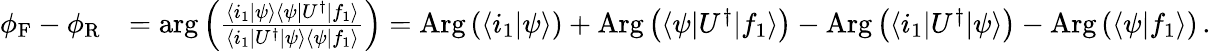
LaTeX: \begin{array}{rl}{\phi_{\mathrm{F}}-\phi_{\mathrm{R}}}&{=\mathrm{arg}\left(\frac{\langle i_{1}|\psi\rangle\langle\psi|U^{\dagger}|f_{1}\rangle}{\langle i_{1}|U^{\dagger}|\psi\rangle\langle\psi|f_{1}\rangle}\right)=\mathrm{Arg}\left(\langle i_{1}|\psi\rangle\right)+\mathrm{Arg}\left(\langle\psi|U^{\dagger}|f_{1}\rangle\right)-\mathrm{Arg}\left(\langle i_{1}|U^{\dagger}|\psi\rangle\right)-\mathrm{Arg}\left(\langle\psi|f_{1}\rangle\right)\, .}\end{array}